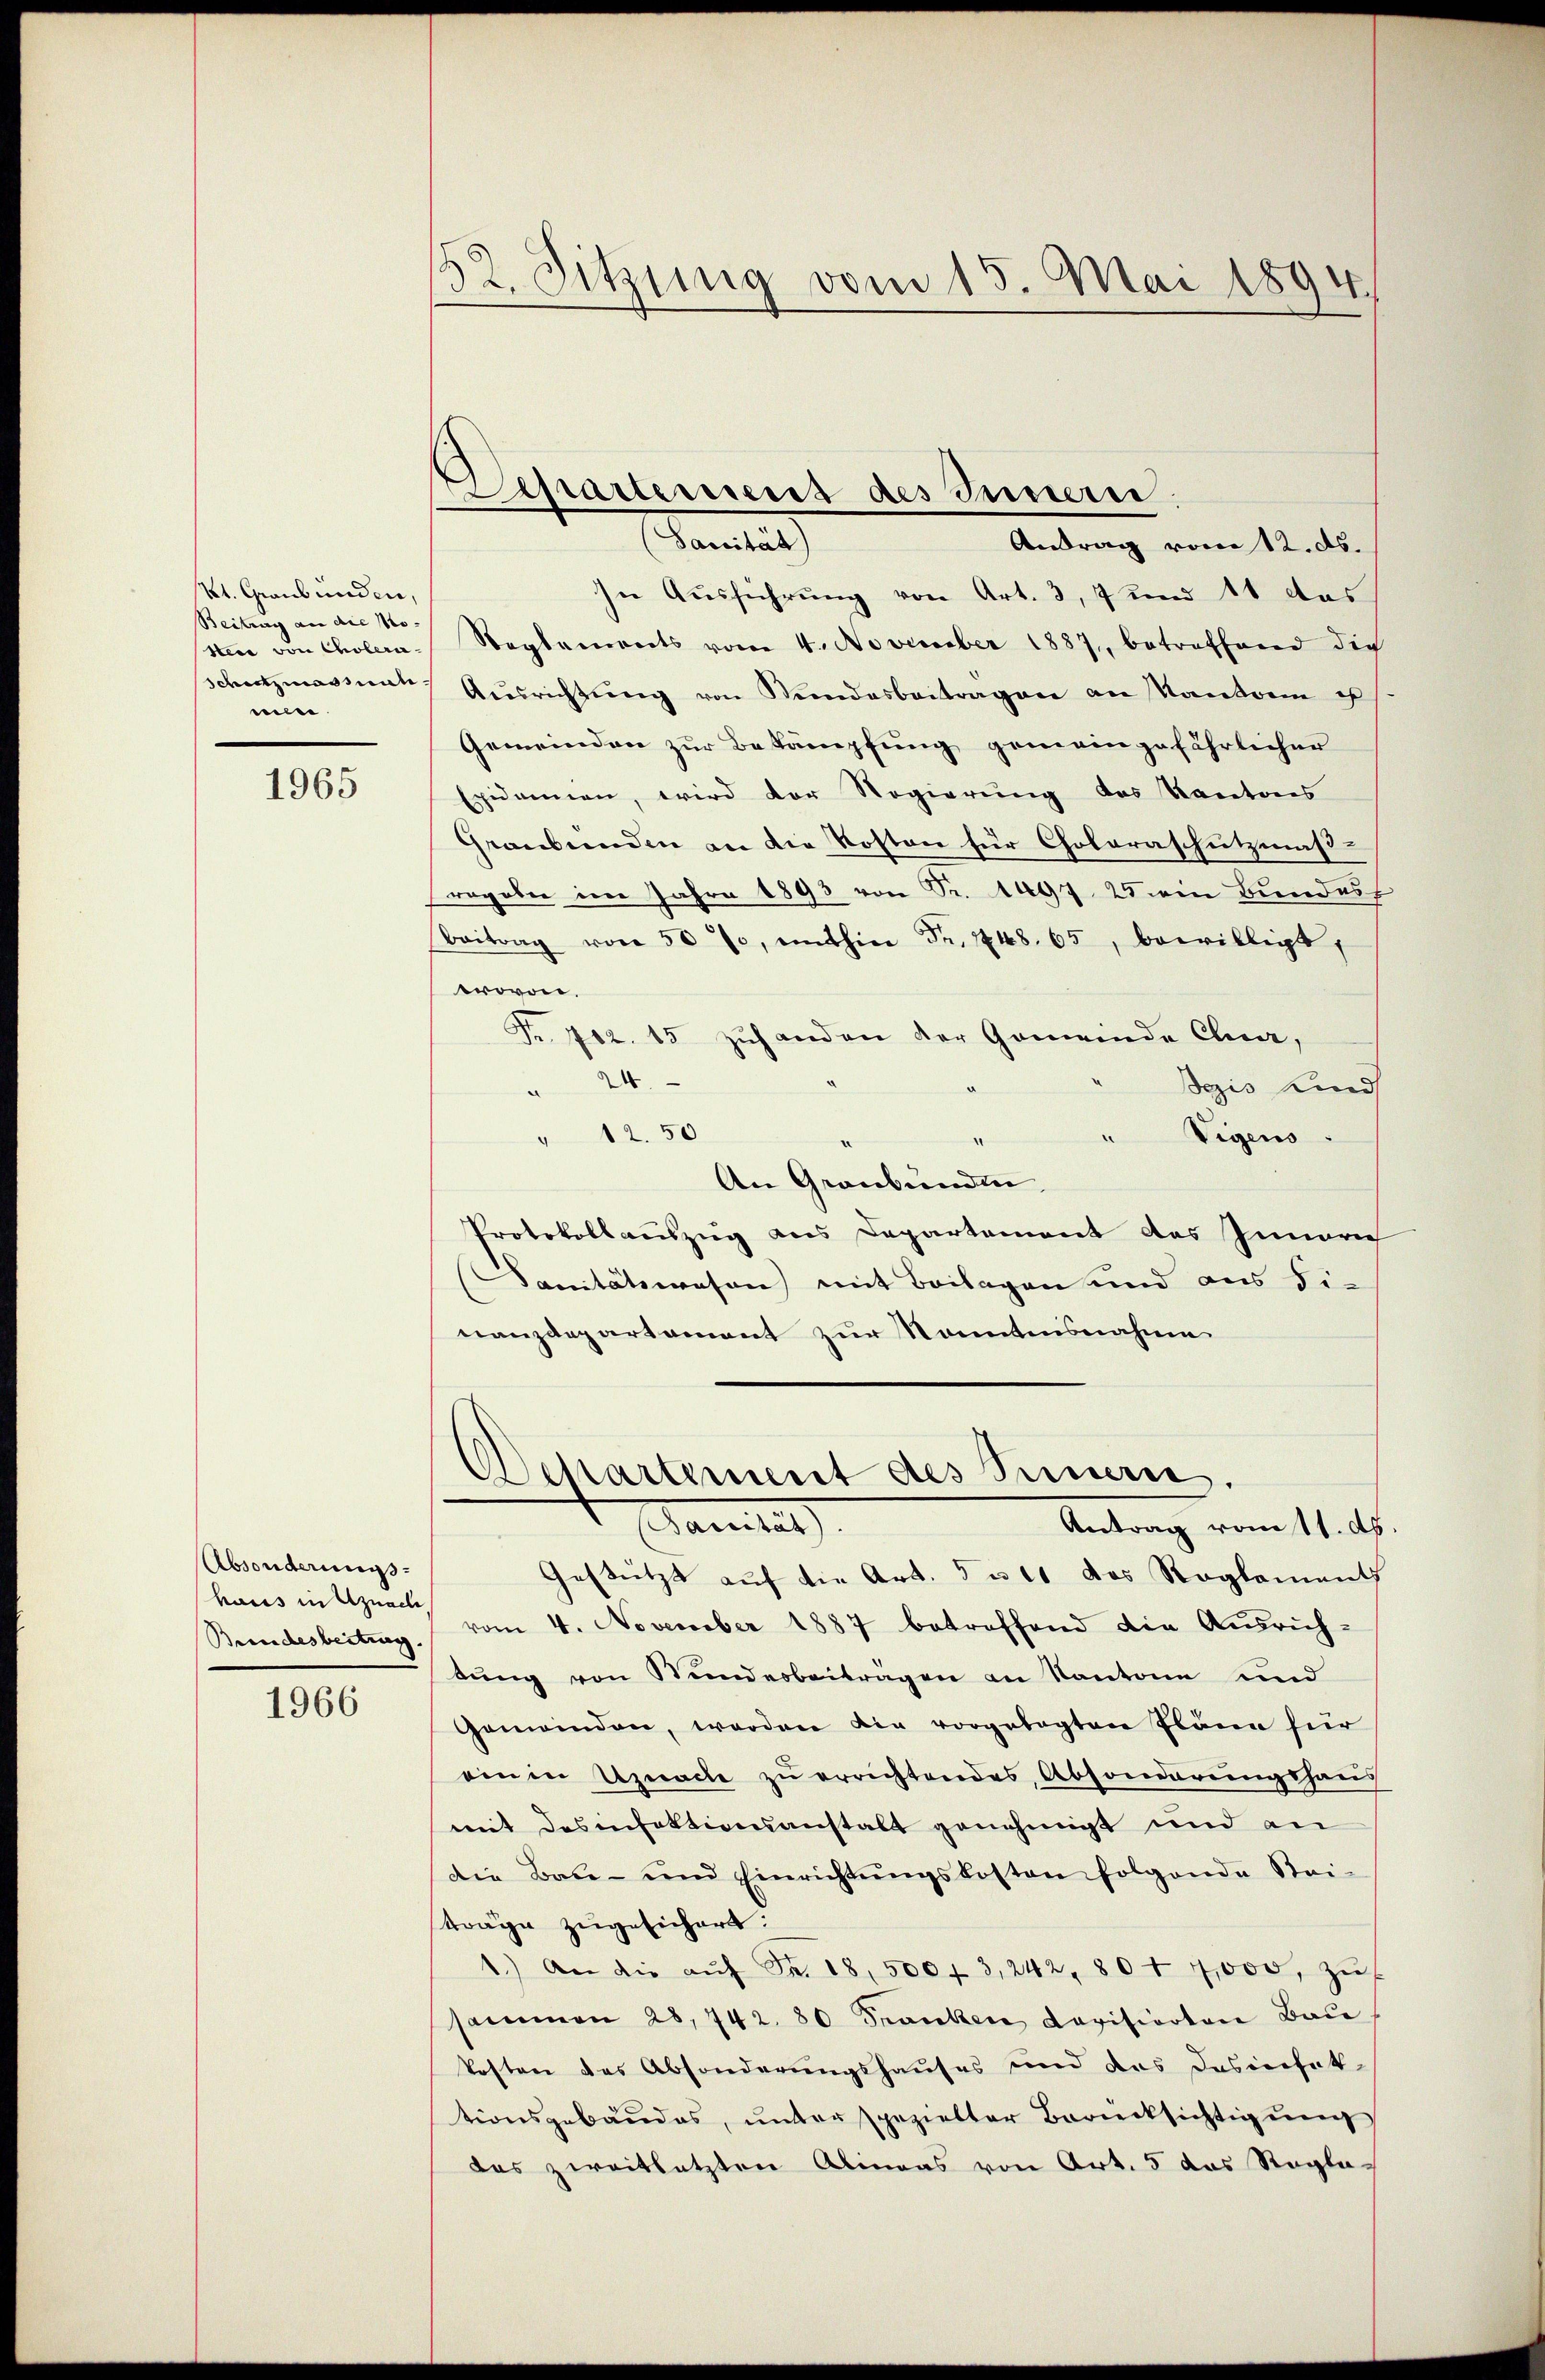
St. Graubünden,
Beitung an die Mo-
stere von Choleramun.

1965

Absonderungshaus in Uznadli
Bundesbeitung.

1966

52. Sitzung vom 15. Mai 1894

Departement des Innen

amnter
Antrag vom 12. ds.
In Ausführung von Art. 3, 7 und 11 das
Reglements vom 4. November 1887, betreffend dich
schutzmassiat Ausrichtŭng von Stundesbeitragen an Kanton es
Gemeinden zur Bekämpfung gemeingefährlicher
Exidamen, wird der Regierung des Kantons
Graubünden an die Kosten für Coloraschutzmaß-
rogober im Jahre 1893 von Fr. 1497. 25 ein Bundes
Beitrag von 50 %, mithier Fr. 148. 65, bewilligt,
wovon.
Fr. 712. 15 zuhanden der Gemeinde Clua,
24
ozis Kind
" Vigens
" 12.50
An Graubünden,
Protokollauszug aus Departement des Innerich
Sanitätswesen mit Beilagen und aus Fi-
nanzdepartement zur Kenntnisnahme
Martement des Sinnern.
anitat
Antrag vom 11. dh
Gestützt auf die Art. 5 u. 11 das Reglements
vom 4. November 1887 betreffend die Ausrich-
tŭng von Stundesbeiträgen an Kantone und
Gemeinden, worden die vorgelegten Pläne für
ein in Uznache zu errichtendes Absonderungshaus
mit desinfektionsanstalt genehmigt und an
die Bau- und Einrichtŭngskosten folgende Stei-
träge zugesichert:
1.) An die aŭf Fr. 18, 500 f 3,242, 80 f 4,000, zŭ
sammen 28. 742. 80 Franker Revisiontane Bade
kosten des Absonderungshauses und des Desinfet
tionsgebäudes, unter spezielter Berücksichtigung
das zweitletzten Alinas von Art. 5 das Regle¬